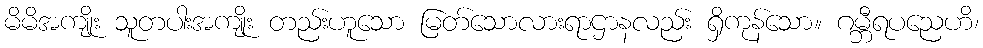
မိမိအကျိုး သူတပါးအကျိုး တည်းဟူသော မြတ်သောလားရာဌာနလည်း ရှိကုန်သော။ ဂမ္ဘီရပညေဟိ၊